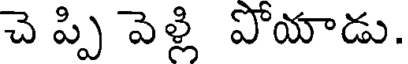
చె ప్పి వెళ్లి పోయాడు.